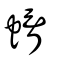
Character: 蝑